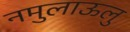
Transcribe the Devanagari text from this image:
नमुलाऊलु